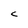
Character: c